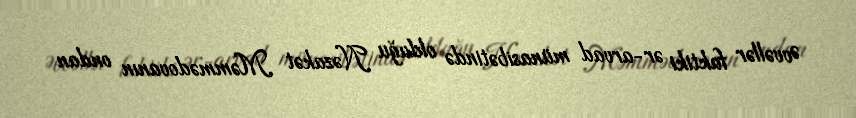
Əvvəllər faktiki ər-arvad münasibətində olduğu Nəzakət Məmmədovanın ondan